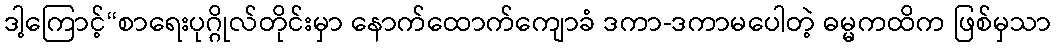
ဒါ့ကြောင့်“စာရေးပုဂ္ဂိုလ်တိုင်းမှာ နောက်ထောက်ကျောခံ ဒကာ-ဒကာမပေါတဲ့ ဓမ္မကထိက ဖြစ်မှသာ